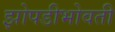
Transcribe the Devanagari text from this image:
झोपडीभोवती